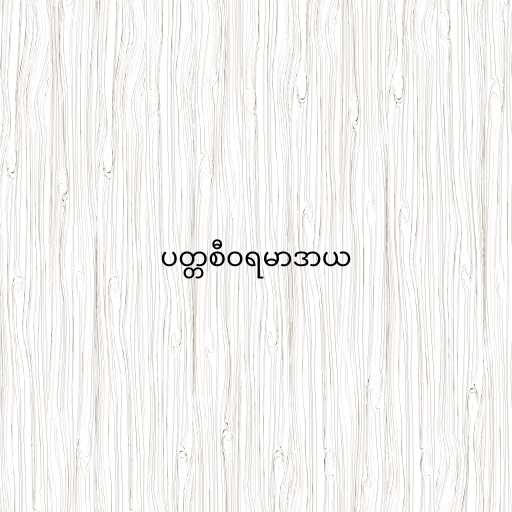
ပတ္တစီဝရမာဒာယ